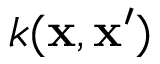
k ( \mathbf { x } , \mathbf { x } ^ { \prime } )